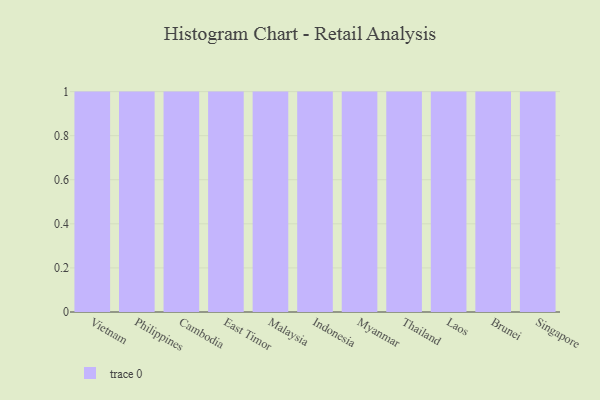
{"axis": {"x": "Country", "y": "Revenue (USD Million)"}, "legend": [""], "data": [{"x": "Vietnam", "y": 72, "type": ""}, {"x": "Philippines", "y": 23, "type": ""}, {"x": "Cambodia", "y": 2, "type": ""}, {"x": "East Timor", "y": 97, "type": ""}, {"x": "Malaysia", "y": 75, "type": ""}, {"x": "Indonesia", "y": 13, "type": ""}, {"x": "Myanmar", "y": 7, "type": ""}, {"x": "Thailand", "y": 98, "type": ""}, {"x": "Laos", "y": 45, "type": ""}, {"x": "Brunei", "y": 86, "type": ""}, {"x": "Singapore", "y": 56, "type": ""}]}